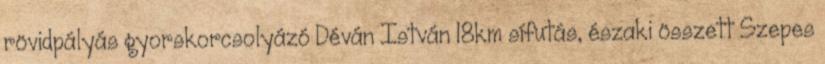
rövidpályás gyorskorcsolyázó Déván István 18km sífutás, északi összett Szepes